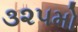
૩૨૫મો